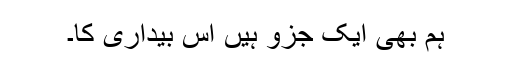
ہم بھی ایک جزو ہیں اس بیداری کا۔